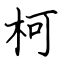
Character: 柯